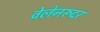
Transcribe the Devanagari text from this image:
वेलेनरूदर